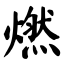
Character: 燃